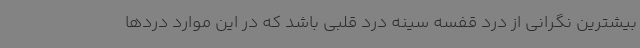
بیشترین نگرانی از درد قفسه سینه درد قلبی باشد که در این موارد دردها